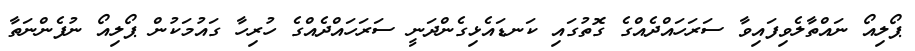
ޕޯލިއޯ ނައްތާލެވިފައިވާ ސަރަހައްދެއްގެ ގޮތުގައި ކަނޑައެޅިގެންދަނީ ސަރަހައްދެއްގެ ހުރިހާ ގައުމަކުން ޕޯލިއޯ ނުފެންނަތާ